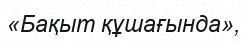
«Бақыт құшағында»,